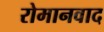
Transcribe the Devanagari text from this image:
रोमानवाद